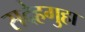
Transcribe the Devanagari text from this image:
सदेहगुहा